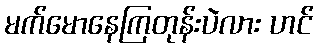
မက်မောနေကြတုန်းပဲလား ဟင်